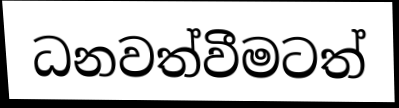
ධනවත්වීමටත්